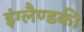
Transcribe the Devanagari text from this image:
इंग्लैण्डकी